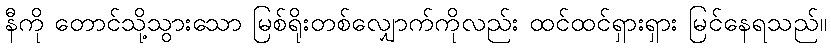
နီကို တောင်သို့သွားသော မြစ်ရိုးတစ်လျှောက်ကိုလည်း ထင်ထင်ရှားရှား မြင်နေရသည်။